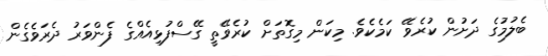
ބެލުމުގެ ދަށުން ކުރެވޭ ކަމެކެވެ. މިކަން މިގޮތަށް ކުރެވޭތީ ގޭސްފުޅިއެއްގެ ފެންވަރު ދެރަވެގެން